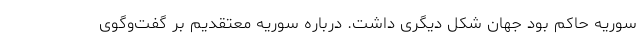
سوریه حاکم بود جهان شکل دیگری داشت. درباره سوریه معتقدیم بر گفت‌وگوی